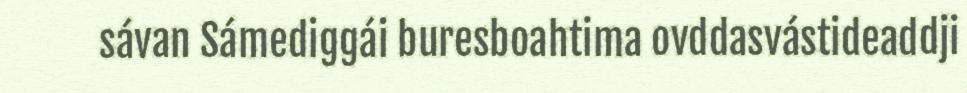
sávan Sámediggái buresboahtima ovddasvástideaddji